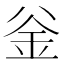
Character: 釡